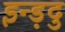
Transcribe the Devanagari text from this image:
इन्ड़दु